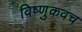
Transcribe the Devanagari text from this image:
विष्णुकवच